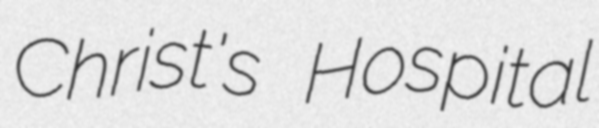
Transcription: Christ's Hospital